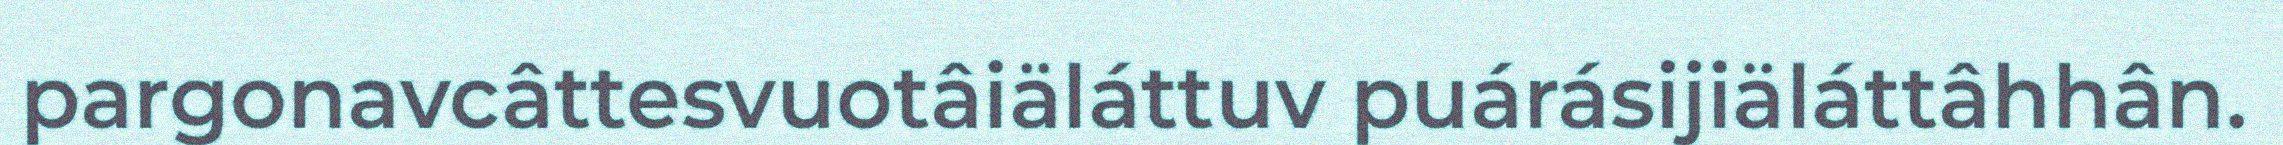
pargonavcâttesvuotâiäláttuv puárásijiäláttâhhân.